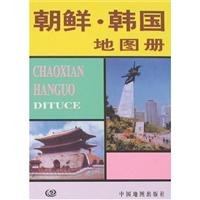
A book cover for North Korea, South Korea, Atlas; ZHONG GUO DI TU CHU BAN SHE BIAN ZHU; Travel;